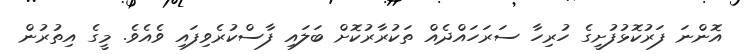
އޮންނަ ފަރުކޮޅުފުށީގެ ހުރިހާ ސަރަހައްދެއް ތަކުރާރުކޮށް ބަލައި ފާސްކުރެވިފައި ވެއެވެ. މީގެ އިތުރުން